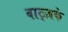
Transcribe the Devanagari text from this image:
वाट्ज़के